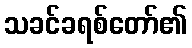
သခင်ခရစ်တော်၏